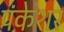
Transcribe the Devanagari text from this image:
पंकेशर